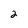
Character: 2